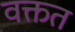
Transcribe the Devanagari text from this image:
वक्तत